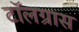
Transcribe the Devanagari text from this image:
टॉलग्रास